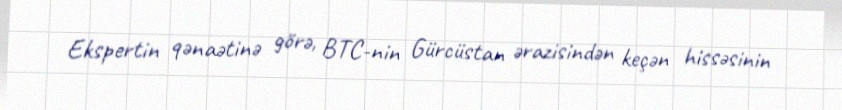
Ekspertin qənaətinə görə, BTC-nin Gürcüstan ərazisindən keçən hissəsinin